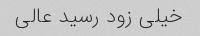
خیلی زود رسید عالی